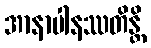
အာနာပါနဿတိန္တိ